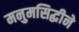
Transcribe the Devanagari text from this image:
मनुमसिद्धीने